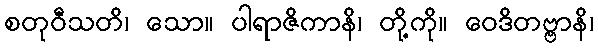
စတုဝီသတိ၊ သော။ ပါရာဇိကာနိ၊ တို့ကို။ ဝေဒိတဗ္ဗာနိ၊